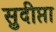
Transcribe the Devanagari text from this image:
सुदीप्ता